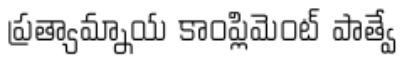
ప్రత్యామ్నాయ కాంప్లిమెంట్ పాత్వే